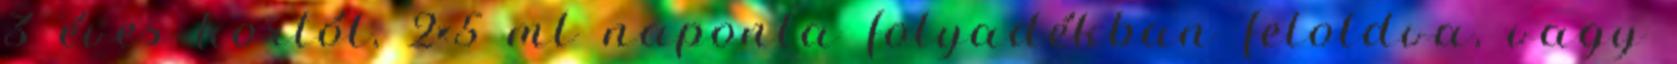
3 éves kortól, 2×5 ml naponta folyadékban feloldva, vagy